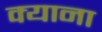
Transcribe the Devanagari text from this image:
क्याना